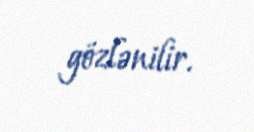
gözlənilir.